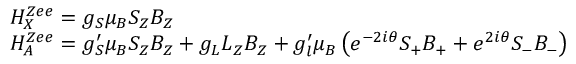
\begin{array} { r l } & { H _ { X } ^ { Z e e } = g _ { S } \mu _ { B } S _ { Z } B _ { Z } } \\ & { H _ { A } ^ { Z e e } = g _ { S } ^ { \prime } \mu _ { B } S _ { Z } B _ { Z } + g _ { L } L _ { Z } B _ { Z } + g _ { l } ^ { \prime } \mu _ { B } \left( e ^ { - 2 i \theta } S _ { + } B _ { + } + e ^ { 2 i \theta } S _ { - } B _ { - } \right) } \end{array}